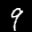
Label: 9